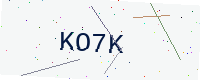
Text: KO7K